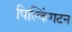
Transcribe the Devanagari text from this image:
पिल्किंगटन